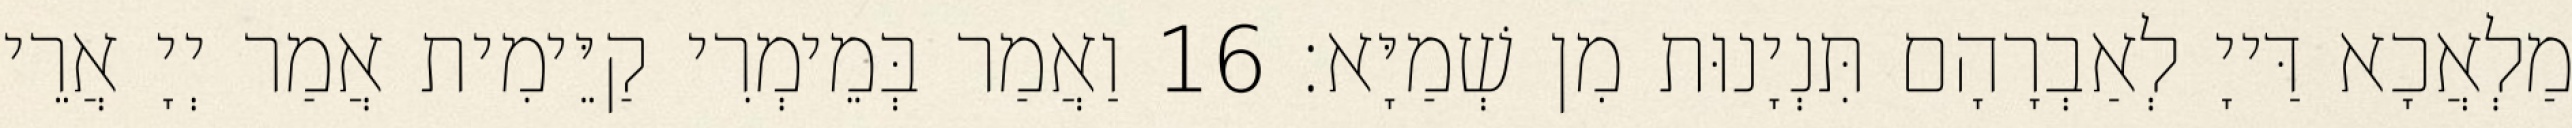
מַלְאֲכָא דַּייָ לְאַבְרָהָם תִּנְיָנוּת מִן שְׁמַיָּא׃ 16 וַאֲמַר בְּמֵימְרִי קַיֵּימִית אֲמַר יְיָ אֲרֵי